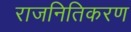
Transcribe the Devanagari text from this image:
राजनितिकरण